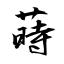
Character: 蒔